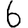
Digit: 6